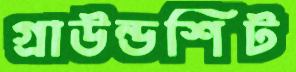
গ্রাউন্ডশিট